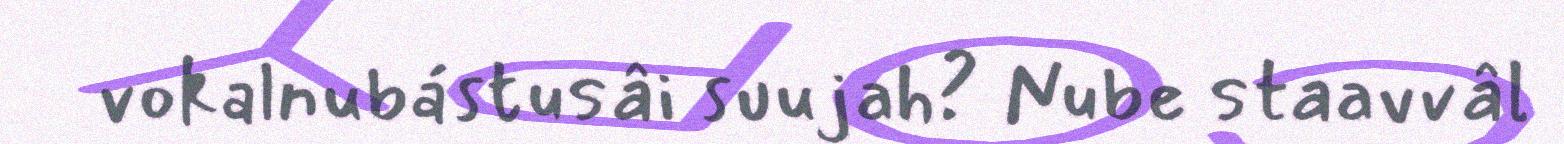
vokalnubástusâi suujah? Nube staavvâl